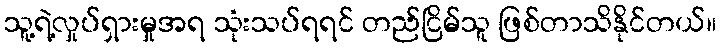
သူ့ရဲ့လှုပ်ရှားမှုအရ သုံးသပ်ရရင် တည်ငြိမ်သူ ဖြစ်တာသိနိုင်တယ်။